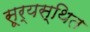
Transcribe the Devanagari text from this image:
सूर्यस्थित